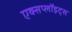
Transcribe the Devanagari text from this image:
एक्सप्लॉइट्स